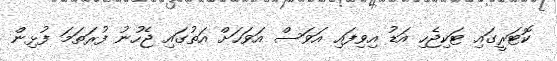
ކޮޓަރީގައި ޓަކިޖެހި އަޑު އިވިފައި އަވަސް އަވަހަށް އަތުގައި ޖެހުނު ފުރަތަމަ ފުޅިން